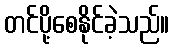
တင်ပို့စေနိုင်ခဲ့သည်။